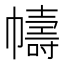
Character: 幬